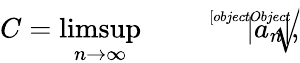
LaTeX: C=\operatorname*{limsup}_{n\rightarrow\infty}{\sqrt[[objectObject]]{|a_{n}|}},